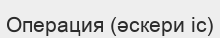
Операция (әскери іс)